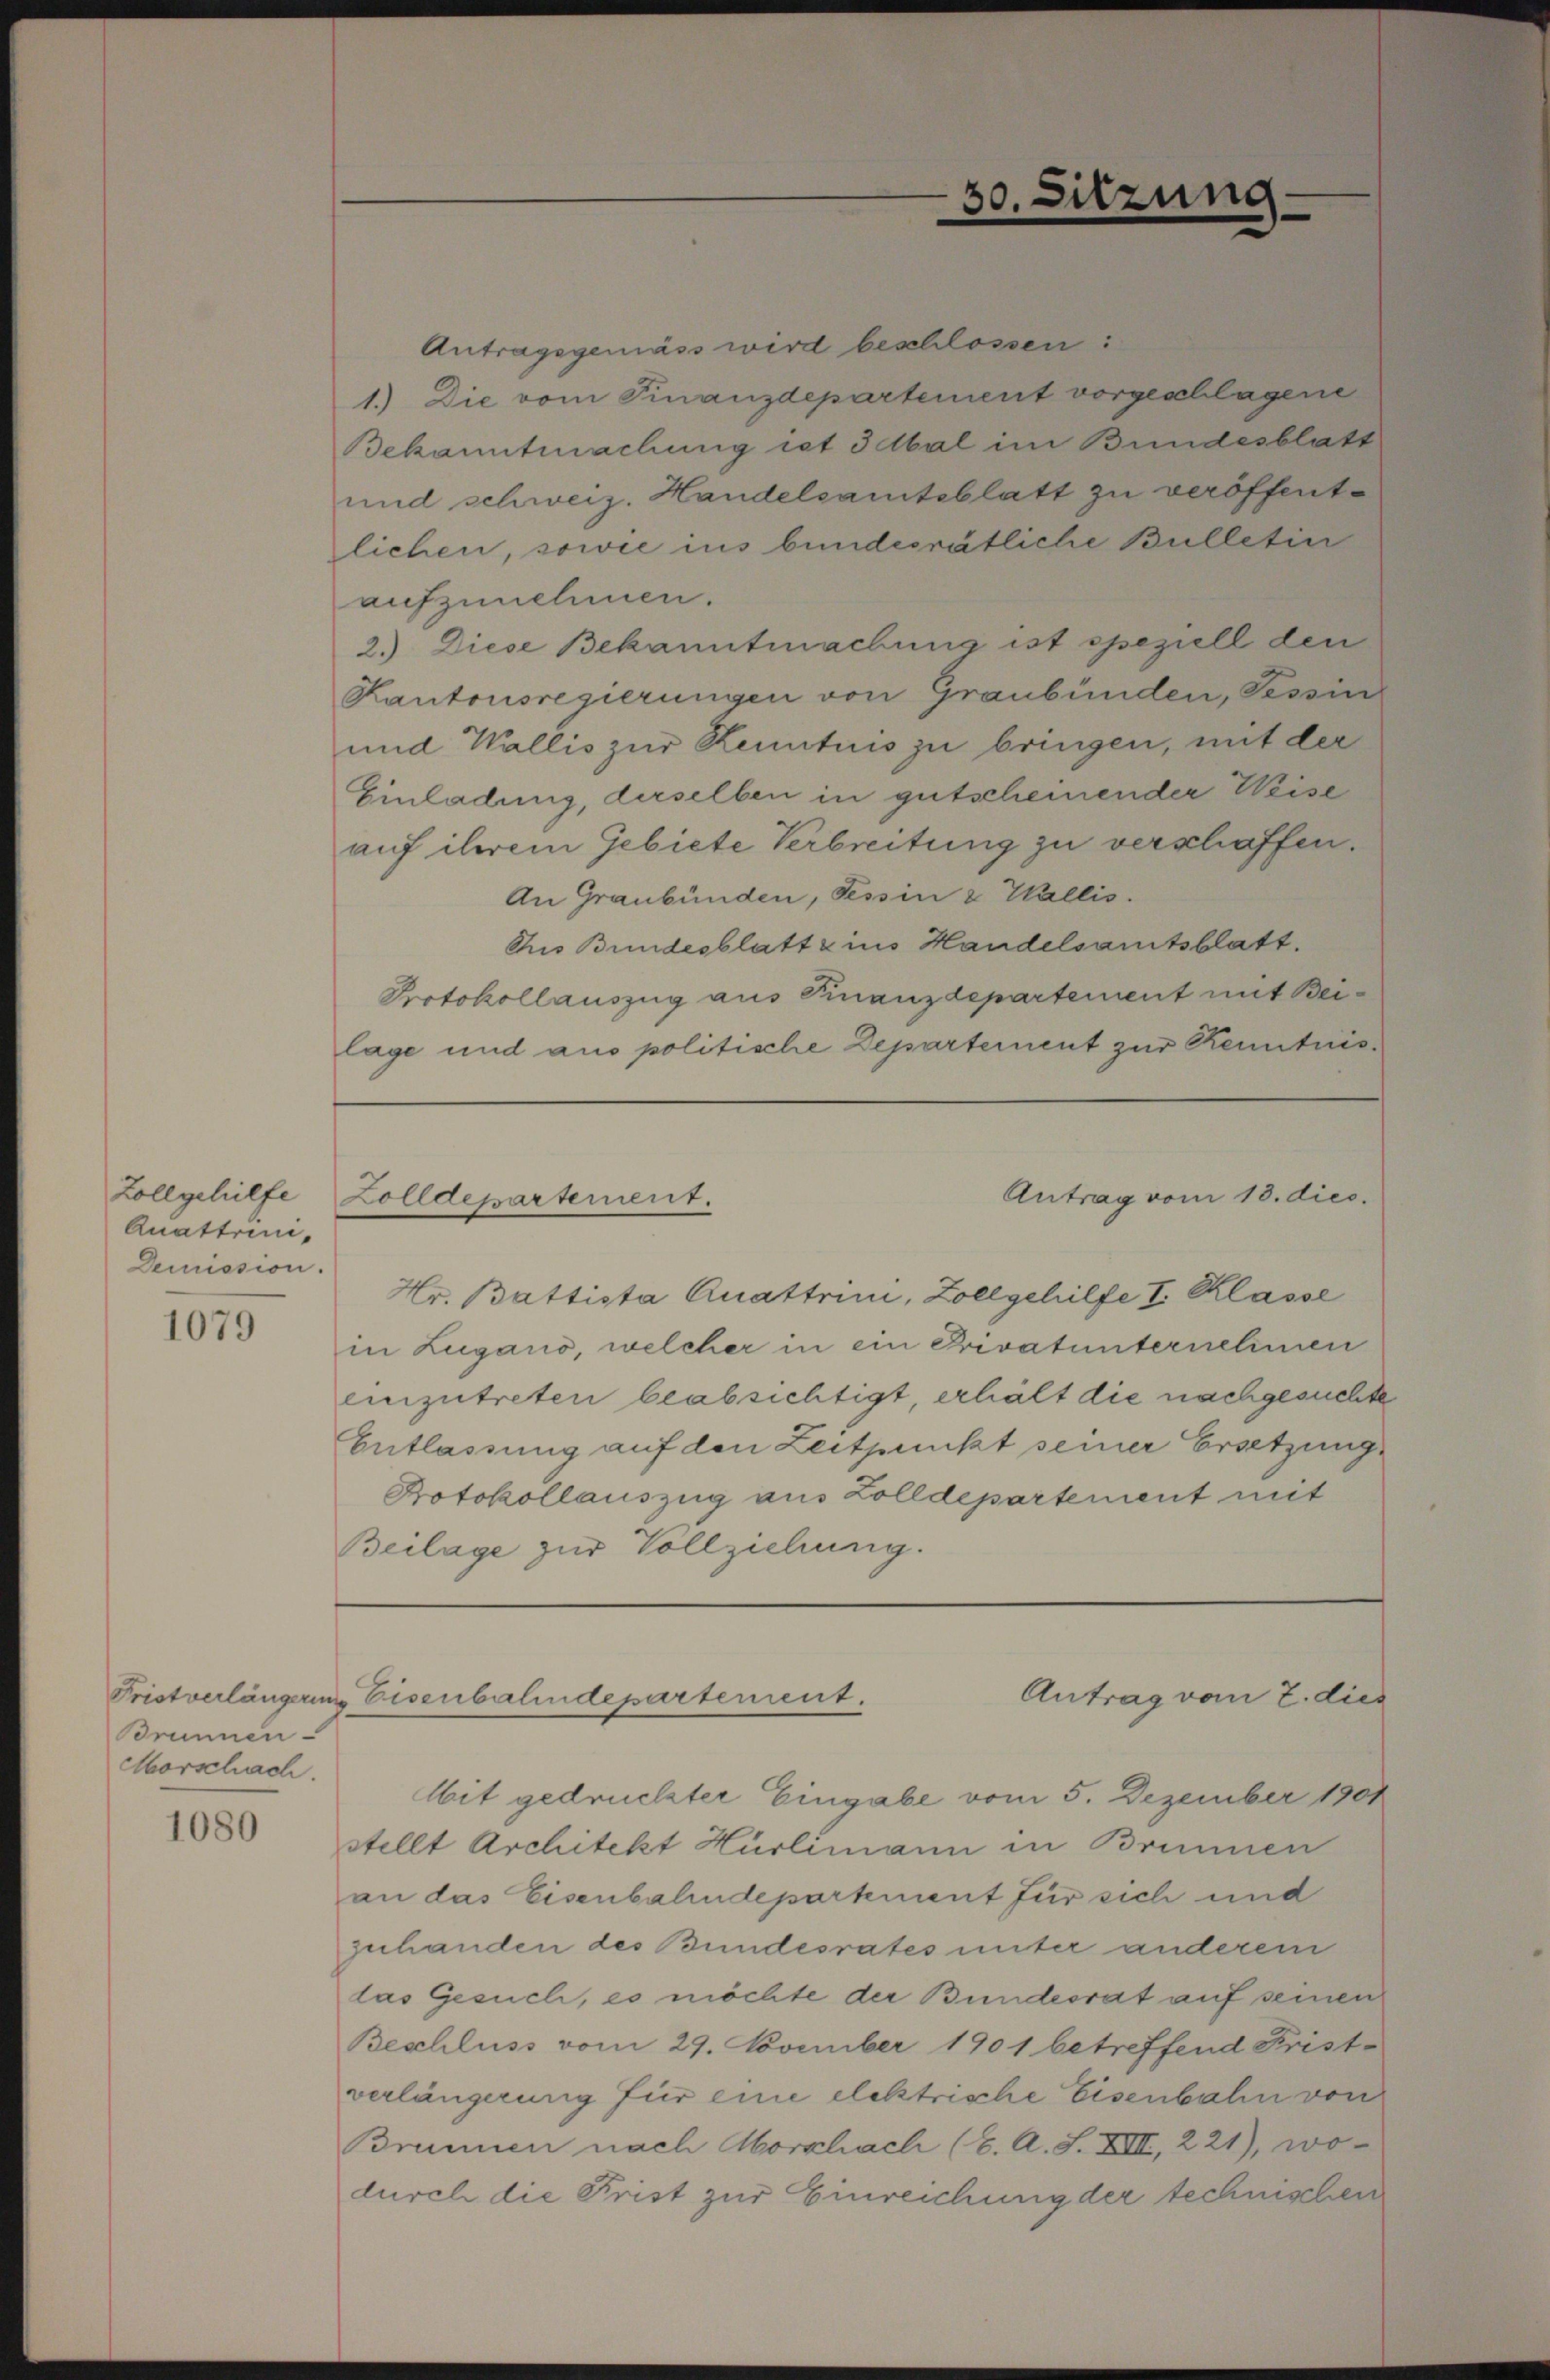
Zollgehilfe
Quattrei¬
Demission.

1079

Fristverlängerung
Brunnen
Morschach.

1080

Antragsgemäss wird beschlossen:
1.) Die vom Finanzdepartement vorgeschlagene
Bekanntmachung ist 3 Mal im Bundesblatt
und schweiz. Handelsamtsblatt zu veröffentlichen, sowie ins bundesrätliche Bulletin
aufzunehmen.
2.) Diese Bekanntmachung ist speziell den
Kantonsregierungen von Graubünden, Tessin
und Wallis zur Kenntnis zu bringen, mit der
Einladung, derselben in gutscheinender Weise
auf ihrem Gebiete Verbreitung zu verschaffen.
An Graubünden, Tessin & Wallis.
Auis Bundesblatt zins Handelsamtsblatt.
Protokollauszug aus Finanzdepartement mit Beilage und aus politische Departement zur Kenntnis¬

Hr. Battista Quattrini, Zollgehilfe I. Klasse
in Lugano, welcher in ein Privatunternehmen
einzutreten beabsichtigt, erhält die nachgesuchte
Entlassung auf den Zeitpunkt seiner Bratzung
Protokollauszug aus Zolldepartement mit
Beilage zur Vollziehung.

30.

Sitzung

Antrag vom 13. dies.
Zolldepartement.

Antrag vom 2. dies
Eisenbahndepartement.

Mit gedruckter Eingabe vom 5. Dezember 1901
stellt Architekt Hürlimann in Brunnen
an das Eisenbahndepartment für sich und
zuhanden des Bundesrates unter anderem
das Gesuch, es möchte der Bundesrat auf seinen
Beschluss vom 29. November 1901 betreffend Frist-
verlängerung für eine elektrische Eisenbahn von
Brunnen nach Morschach (C. A. S. XVII, 221), wodurch die Frist zur Einreichung der technischen